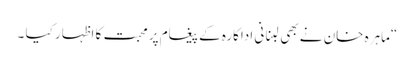
“ماہرہ خان نے بھی لبنانی اداکارہ کے پیغام پر محبت کا اظہار کیا ۔